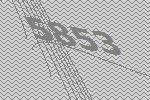
5853